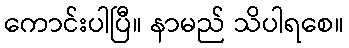
ကောင်းပါပြီ။ နာမည် သိပါရစေ။